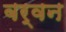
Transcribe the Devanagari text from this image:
बर्वन